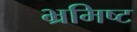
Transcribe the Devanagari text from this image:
भ्रमिष्ट